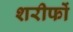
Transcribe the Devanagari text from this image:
शरीफों